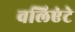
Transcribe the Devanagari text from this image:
वलिएंटे